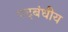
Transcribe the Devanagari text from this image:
पदबंधीय